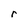
Character: r